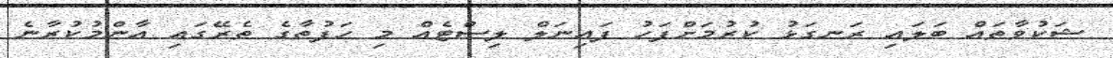
ޝަކުވާތައް ބަލައި ރަނގަޅު ކުރުމަށްފަހު ފައިނަލް ލިސްޓެއް މި ހަފުތާގެ ތެރޭގައި އާންމުކުރާނެ